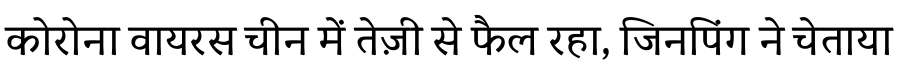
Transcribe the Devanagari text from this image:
कोरोना वायरस चीन में तेज़ी से फैल रहा, जिनपिंग ने चेताया